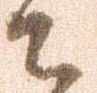
々